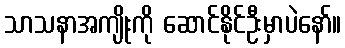
သာသနာအကျိုးကို ဆောင်နိုင်ဦးမှာပဲနော်။